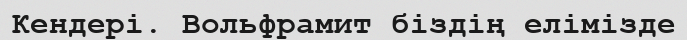
Кендері. Вольфрамит біздің елімізде